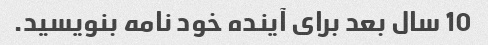
10 سال بعد برای آینده خود نامه بنویسید.